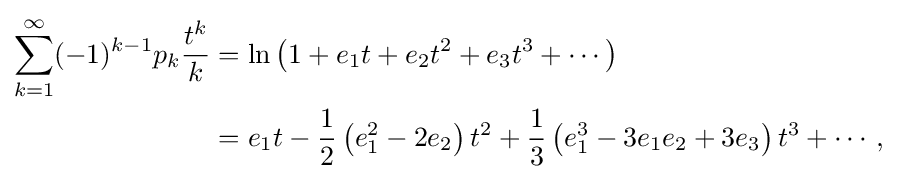
{\begin{aligned}\sum _{k=1}^{\infty }(-1)^{k-1}p_{k}{\frac {t^{k}}{k}}&=\ln \left(1+e_{1}t+e_{2}t^{2}+e_{3}t^{3}+\cdots \right)\\&=e_{1}t-{\frac {1}{2}}\left(e_{1}^{2}-2e_{2}\right)t^{2}+{\frac {1}{3}}\left(e_{1}^{3}-3e_{1}e_{2}+3e_{3}\right)t^{3}+\cdots ,\end{aligned}}